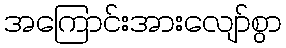
အကြောင်းအားလျော်စွာ